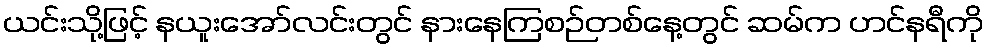
ယင်းသို့ဖြင့် နယူးအော်လင်းတွင် နားနေကြစဉ်တစ်နေ့တွင် ဆမ်က ဟင်နရီကို